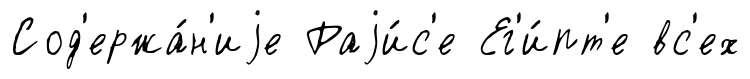
Сод'ержа́н'иjе Раjи́с'е Ег'и́пт'е вс'ех